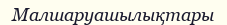
Малшаруашылықтары